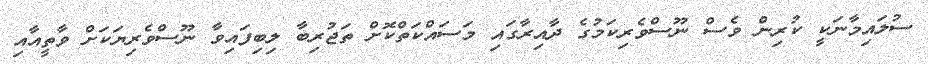
ސުލައިމާނަކީ ކުރިން ވެސް ނޫސްވެރިކަމުގެ ދާއިރާގައި މަސައްކަތްކޮށް ތަޖުރިބާ ލިބިފައިވާ ނޫސްވެރިޔަކަށް ވާތީއާއި